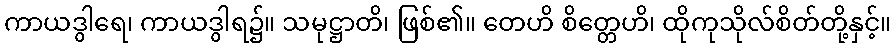
ကာယဒွါရေ၊ ကာယဒွါရ၌။ သမုဋ္ဌာတိ၊ ဖြစ်၏။ တေဟိ စိတ္တေဟိ၊ ထိုကုသိုလ်စိတ်တို့နှင့်။